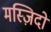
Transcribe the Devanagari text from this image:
मस्ज़िदों